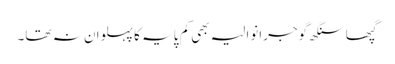
گپھا سنگھ گوجرانوالیہ بھی کم پایہ کا پہلوان نہ تھا۔